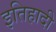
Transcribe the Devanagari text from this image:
इतिहादी